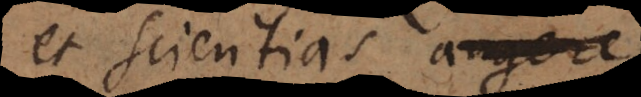
et scientias augere